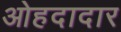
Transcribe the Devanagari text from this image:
ओहदादार